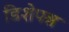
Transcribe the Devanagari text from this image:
डिशेपश्न